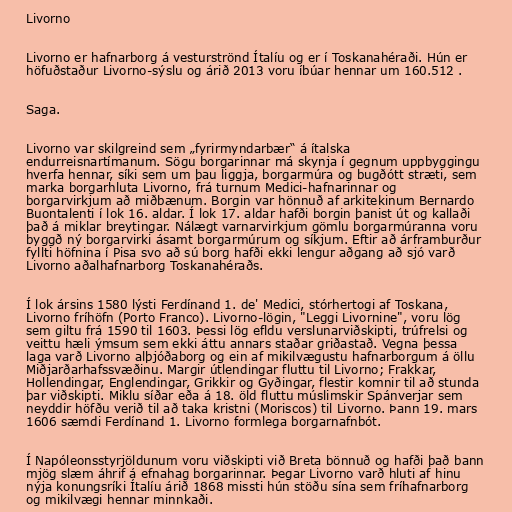
Livorno

Livorno er hafnarborg á vesturströnd Ítalíu og er í Toskanahéraði. Hún er
höfuðstaður Livorno-sýslu og árið 2013 voru íbúar hennar um 160.512 .

Saga.

Livorno var skilgreind sem „fyrirmyndarbær“ á ítalska
endurreisnartímanum. Sögu borgarinnar má skynja í gegnum uppbyggingu
hverfa hennar, síki sem um þau liggja, borgarmúra og bugðótt stræti, sem
marka borgarhluta Livorno, frá turnum Medici-hafnarinnar og
borgarvirkjum að miðbænum. Borgin var hönnuð af arkitekinum Bernardo
Buontalenti í lok 16. aldar. Í lok 17. aldar hafði borgin þanist út og kallaði
það á miklar breytingar. Nálægt varnarvirkjum gömlu borgarmúranna voru
byggð ný borgarvirki ásamt borgarmúrum og síkjum. Eftir að árframburður
fyllti höfnina í Pisa svo að sú borg hafði ekki lengur aðgang að sjó varð
Livorno aðalhafnarborg Toskanahéraðs.

Í lok ársins 1580 lýsti Ferdínand 1. de' Medici, stórhertogi af Toskana,
Livorno fríhöfn (Porto Franco). Livorno-lögin, "Leggi Livornine", voru lög
sem giltu frá 1590 til 1603. Þessi lög efldu verslunarviðskipti, trúfrelsi og
veittu hæli ýmsum sem ekki áttu annars staðar griðastað. Vegna þessa
laga varð Livorno alþjóðaborg og ein af mikilvægustu hafnarborgum á öllu
Miðjarðarhafssvæðinu. Margir útlendingar fluttu til Livorno; Frakkar,
Hollendingar, Englendingar, Grikkir og Gyðingar, flestir komnir til að stunda
þar viðskipti. Miklu síðar eða á 18. öld fluttu múslimskir Spánverjar sem
neyddir höfðu verið til að taka kristni (Moriscos) til Livorno. Þann 19. mars
1606 sæmdi Ferdínand 1. Livorno formlega borgarnafnbót.

Í Napóleonsstyrjöldunum voru viðskipti við Breta bönnuð og hafði það bann
mjög slæm áhrif á efnahag borgarinnar. Þegar Livorno varð hluti af hinu
nýja konungsríki Ítalíu árið 1868 missti hún stöðu sína sem fríhafnarborg
og mikilvægi hennar minnkaði.